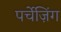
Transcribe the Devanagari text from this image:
पर्चेज़िंग